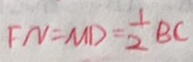
F N = M D = \frac { 1 } { 2 } B C